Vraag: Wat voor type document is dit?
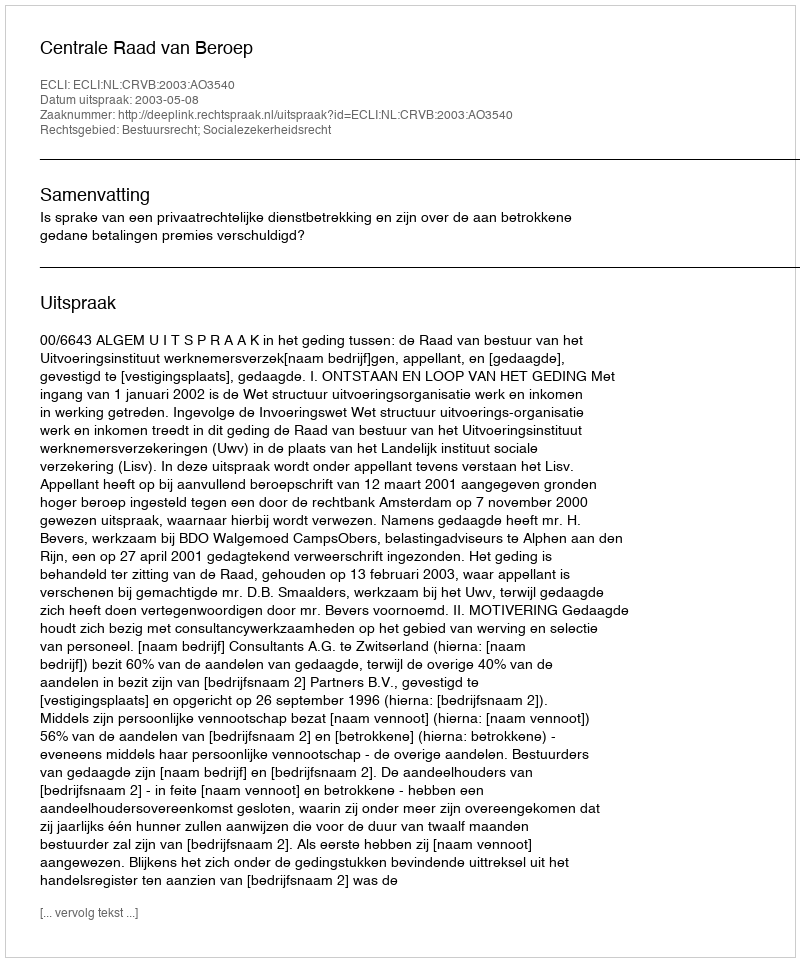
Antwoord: Uitspraak